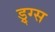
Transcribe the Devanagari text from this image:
ड्र्ग्स